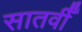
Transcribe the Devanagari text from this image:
सातवीँ